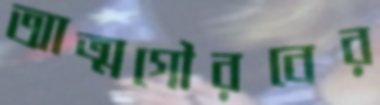
আত্মগৌরবের